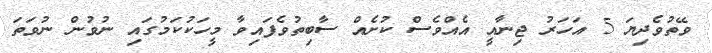
ވޭތުވެދިޔަ 5 އަހަރު ޖިނާއީ އެއްވެސް ކުށެއް ސާބިތުވެފައިވާ މީހަކުކަމުގައި ނުވުން ނުވަތަ